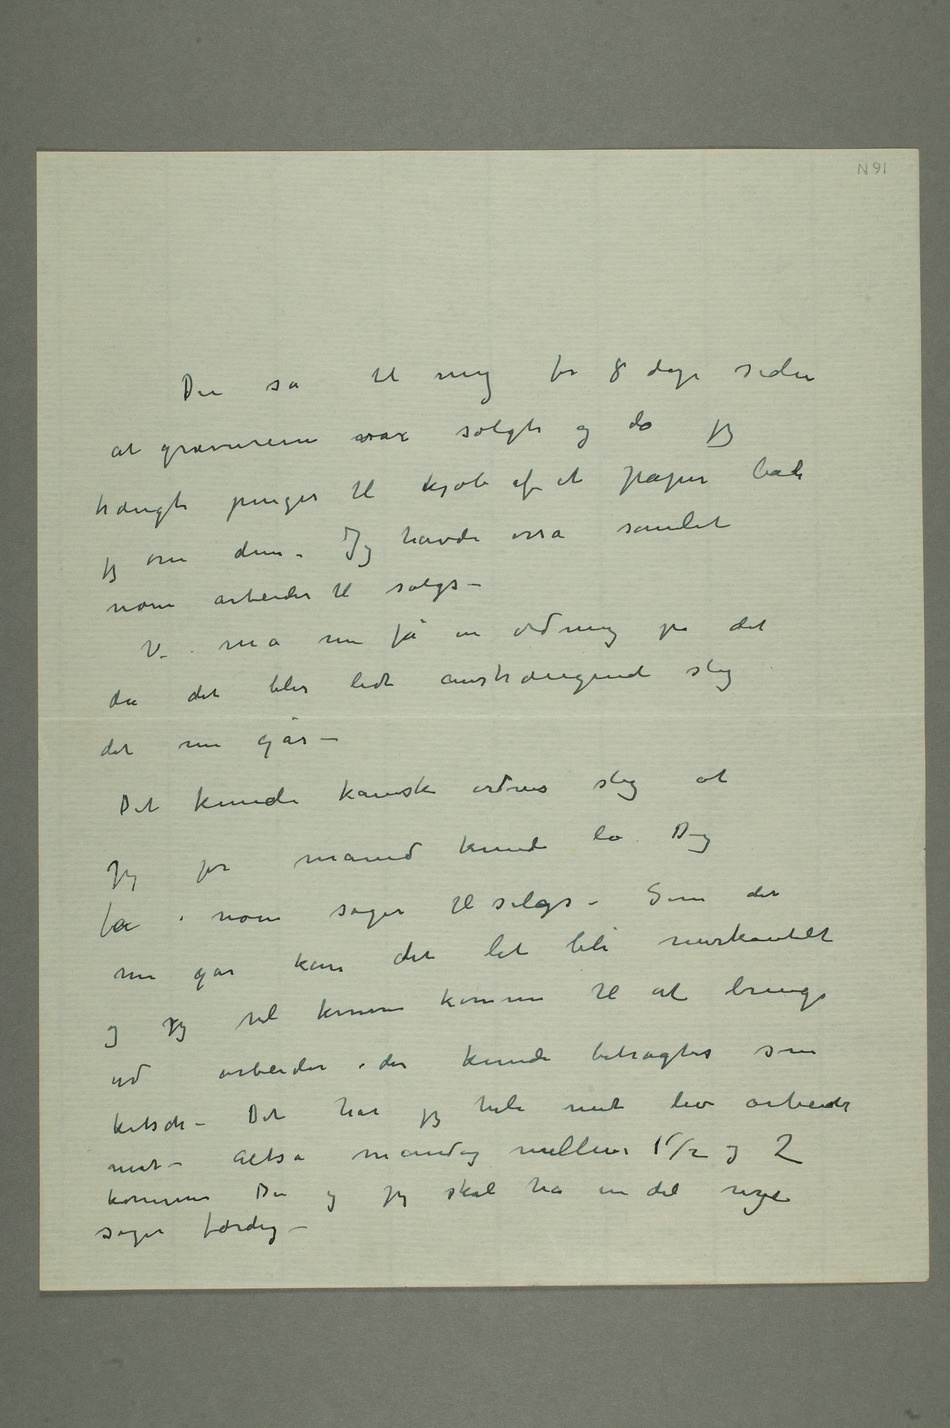
Du sa til mig for 8 dage siden at
ervar solgte og da jeg
til kjøb af et papir bad jeg
dem. Jeg havde osså samlet noen
arbeider til salgs –
Vi må få en ordning på det
da det blir lidt anstrængende slig
det nu går
– Det kunde kanske ordnes slig at
jeg pr måned kunde
kan det let bli merkantilt
og jeg vil kunne komme
ud arbeider der kunde betragtes som
kitsch – Det har jeg hele mit liv arbeidet
mot – Altså mandag mellem 1 ½ og 2
kommer Du og jeg skal ha en del nye
sager færdig –